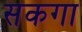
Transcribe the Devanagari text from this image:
सकगा